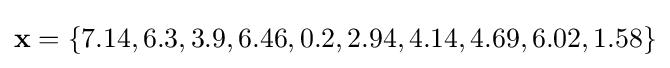
\mathbf {x} =\{7.14,6.3,3.9,6.46,0.2,2.94,4.14,4.69,6.02,1.58\}